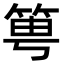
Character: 𥭢